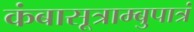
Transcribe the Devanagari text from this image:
कंबासूत्राम्बुपात्रं